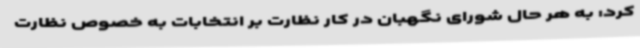
کرد: به هر حال شورای نگهبان در کار نظارت بر انتخابات به خصوص نظارت